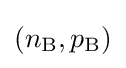
(n_{\text{B}},p_{\text{B}})